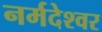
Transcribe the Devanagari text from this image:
नर्मदेश्‍वर